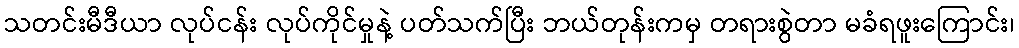
သတင်းမီဒီယာ လုပ်ငန်း လုပ်ကိုင်မှုနဲ့ ပတ်သက်ပြီး ဘယ်တုန်းကမှ တရားစွဲတာ မခံရဖူးကြောင်း၊